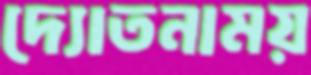
দ্যোতনাময়